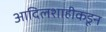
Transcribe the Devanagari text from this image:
आदिलशाहीकडून